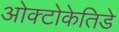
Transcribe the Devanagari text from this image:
ओक्टोकेतिडे